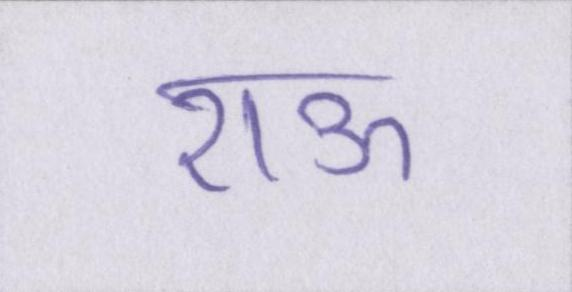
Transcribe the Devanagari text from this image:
राऊ